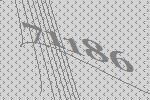
71186